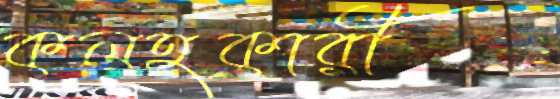
কলহকারী